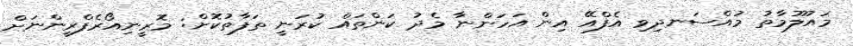
މައުލޫމާތު މުއްސަނދިވި އެފްއޭ އިން އަހަންނާ މެދު ކަންތައް ކުރަނީ ތަފާތުކޮށް: މޮރީނިއޯރެފްރީންނަށް